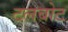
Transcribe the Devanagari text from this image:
टलबोट